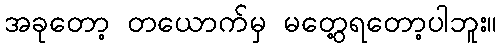
အခုတော့ တယောက်မှ မတွေ့ရတော့ပါဘူး။